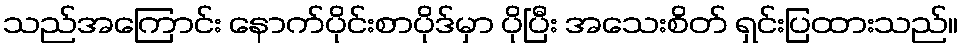
သည်အကြောင်း နောက်ပိုင်းစာပိုဒ်မှာ ပိုပြီး အသေးစိတ် ရှင်းပြထားသည်။